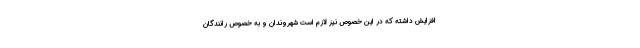
افزایش داشته که در این خصوص نیز لازم است شهروندان و به خصوص رانندگان